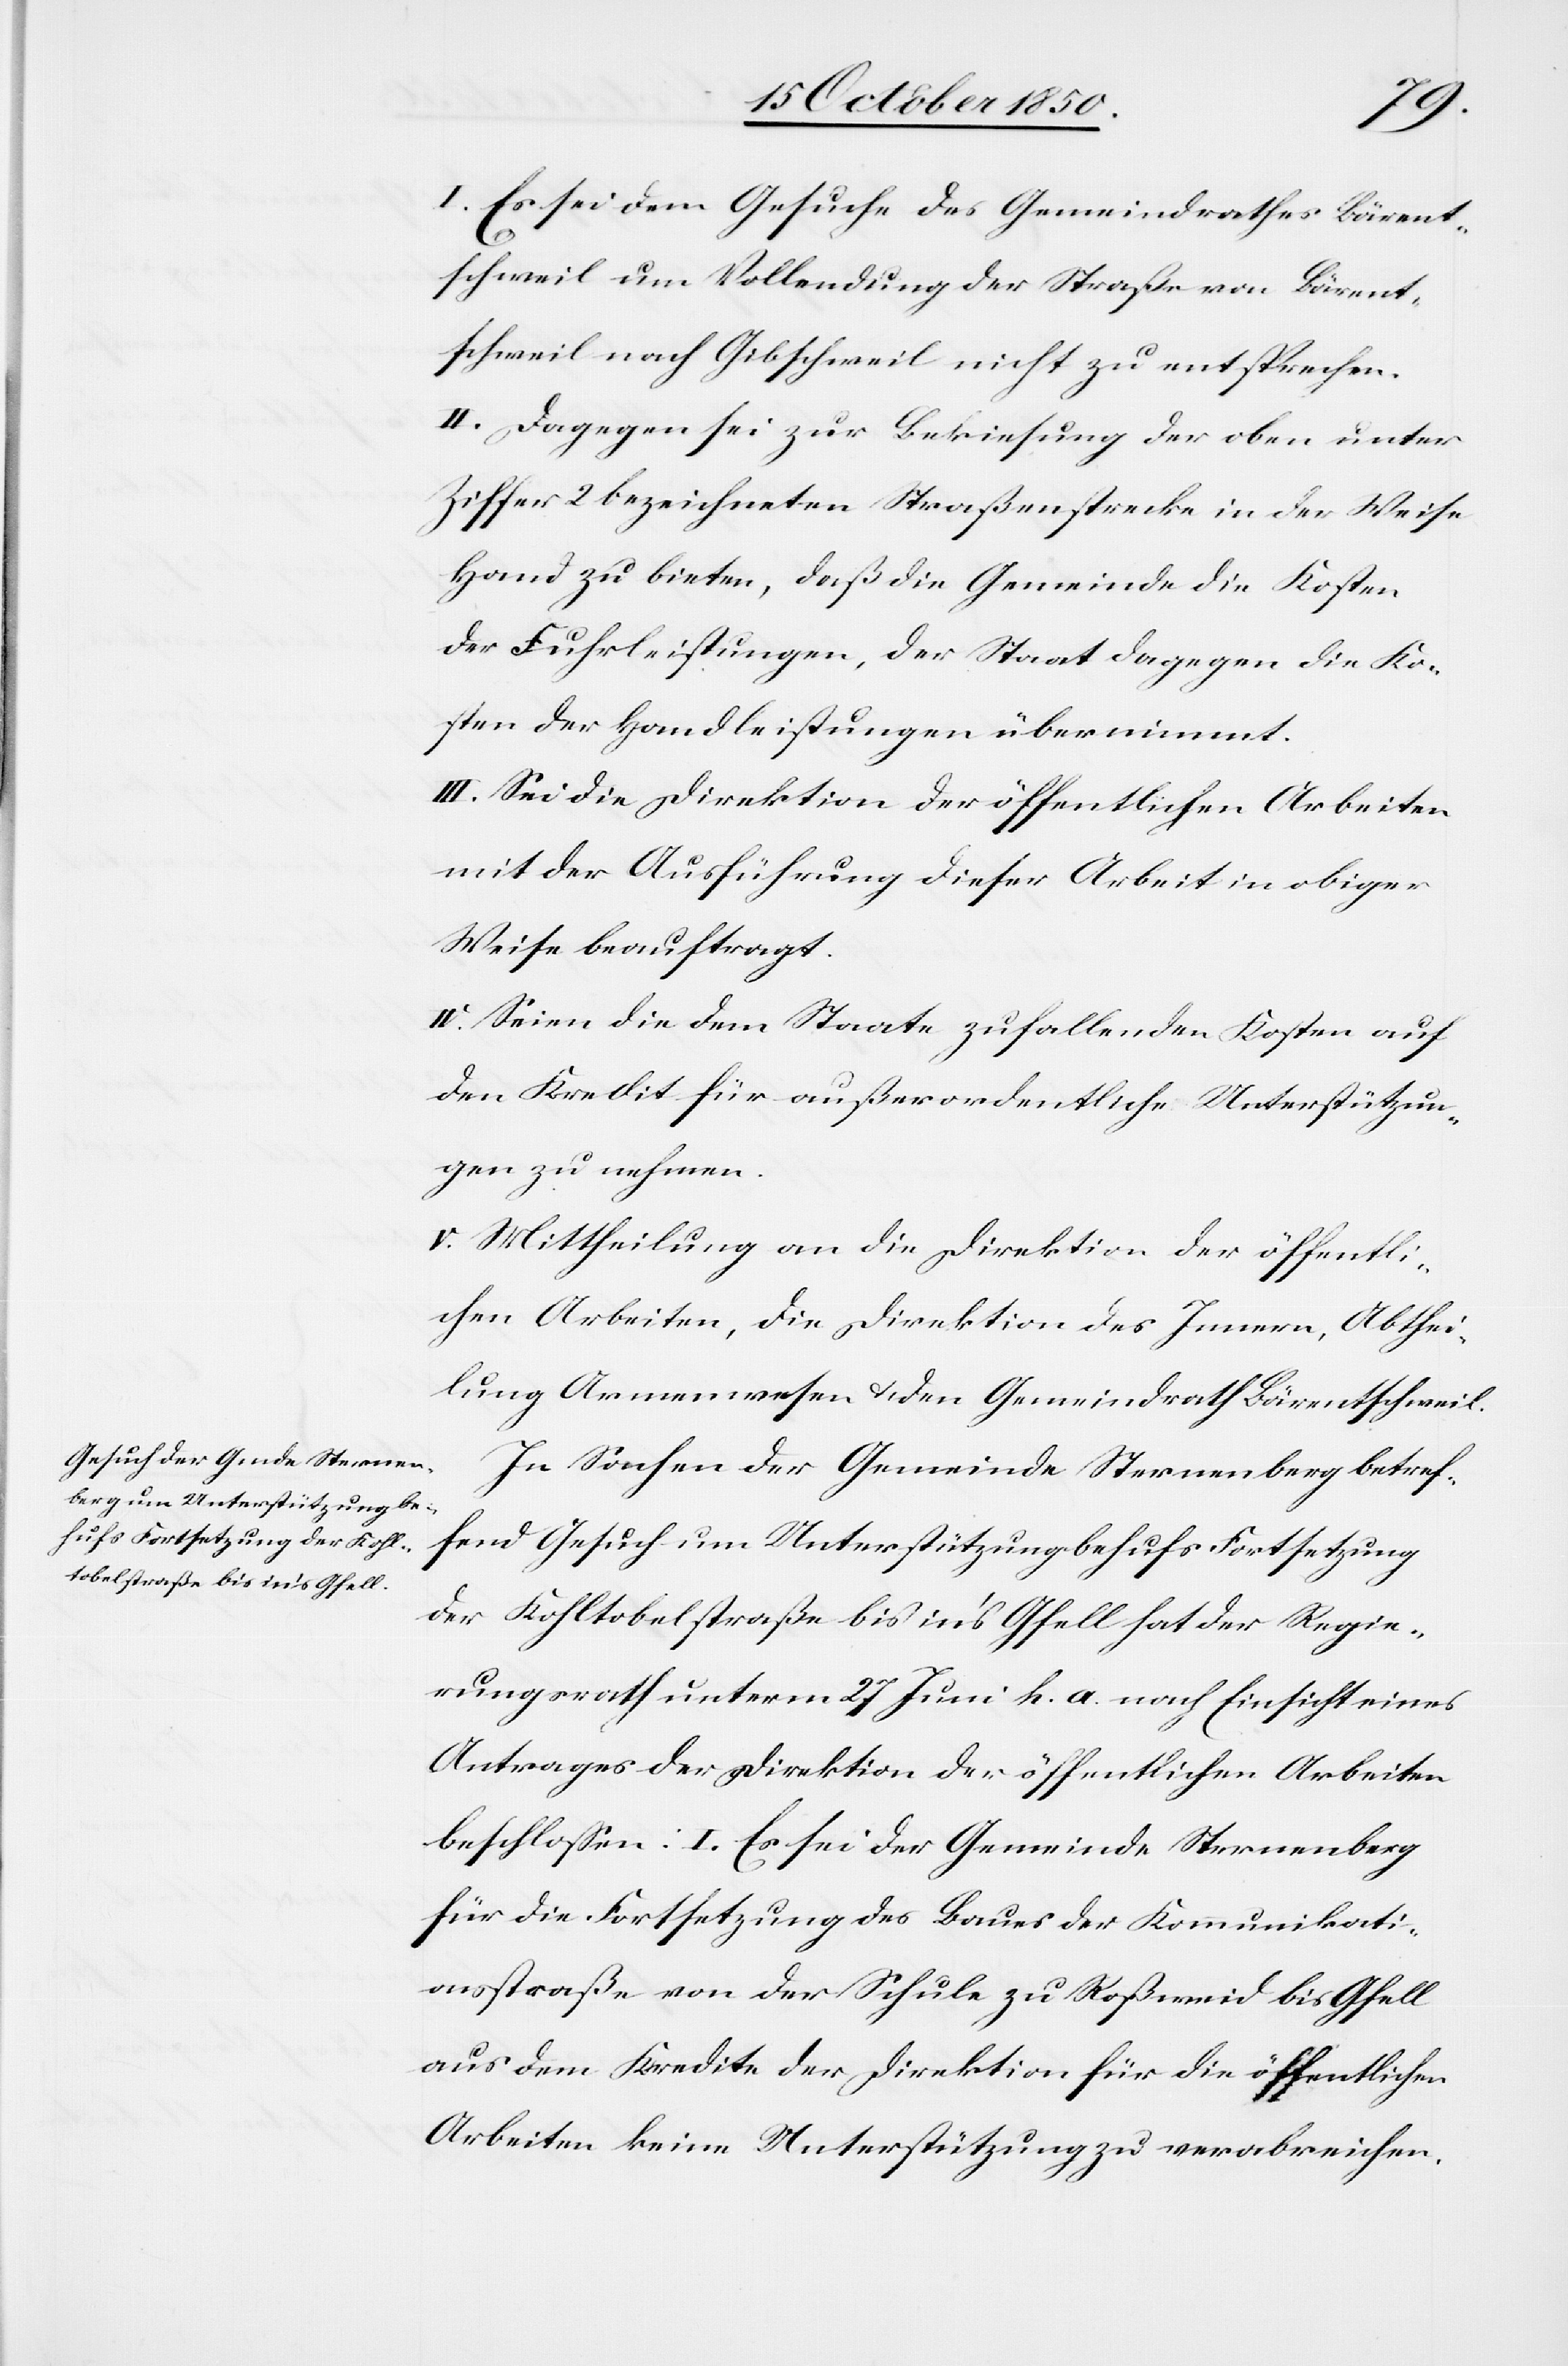
I. Es sei dem Gesuche des Gemeindrathes Bärent¬
schweil um Vollendung der Straße von Bärent¬
schweil nach Gibschweil nicht zu entsprechen.
II. Dagegen sei zur Bekiesung der oben unter
Ziffer 2 bezeichneten Straßenstrecke in der Weise
Hand zu bieten, daß die Gemeinde die Kosten
der Fuhrleistungen, der Staat dagegen die Ko¬
sten der Handleistungen übernimmt.
III. Sei die Direktion der öffentlichen Arbeiten
mit der Ausführung dieser Arbeit in obiger
Weise beauftragt.
IV. Seien die dem Staate zufallenden Kosten auf
den Kredit für außerordentliche Unterstützun¬
gen zu nehmen.
V. Mittheilung an die Direktion der öffentli¬
chen Arbeiten, die Direktion des Innern, Abthei¬
lung Armenwesen u. den Gemeindrath Bärentschweil.
In Sachen der Gemeinde Sternenberg betref¬
fend Gesuch um Unterstützung behufs Fortsetzung
der Kohltobelstraße bis in’s Gfell hat der Regie¬
rungsrath unterm 27 Juni h. a. nach Einsicht eines
Antrages der Direktion der öffentlichen Arbeiten
beschlossen: I. Es sei der Gemeinde Sternenberg
für die Fortsetzung des Baues der Kommunikati¬
onsstraße von der Schule zu Roßweid bis Gfell
aus dem Kredite der Direktion für die öffentlichen
Arbeiten keine Unterstützung zu verabreichen.